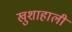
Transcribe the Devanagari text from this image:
खुशाहाली